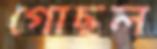
গোছল